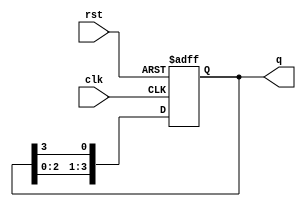
module ring_counter (
    input wire clk,        // Clock input
    input wire rst,        // Reset input
    output reg [3:0] q     // 4-bit output
);

// Initial state
initial begin
    q = 4'b1000; // Start with the first flip-flop set to '1'
end

// Always block triggered on the rising edge of the clock or reset
always @(posedge clk or posedge rst) begin
    if (rst) begin
        q <= 4'b1000; // Reset to initial state
    end else begin
        // Shift the '1' to the right
        q <= {q[2:0], q[3]}; // Move the '1' from the last flip-flop to the first
    end
end

endmodule